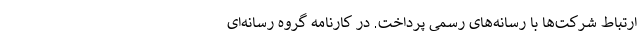
ارتباط شرکت‌ها با رسانه‌های رسمی پرداخت. در کارنامه گروه رسانه‌ای